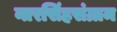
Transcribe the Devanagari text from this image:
नारसिंहसंग्राम